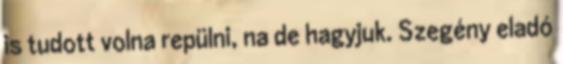
is tudott volna repülni, na de hagyjuk. Szegény eladó